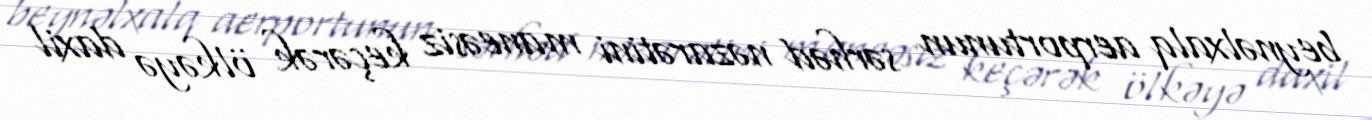
beynəlxalq aerportunun sərhəd nəzarətini maneəsiz keçərək ölkəyə daxil